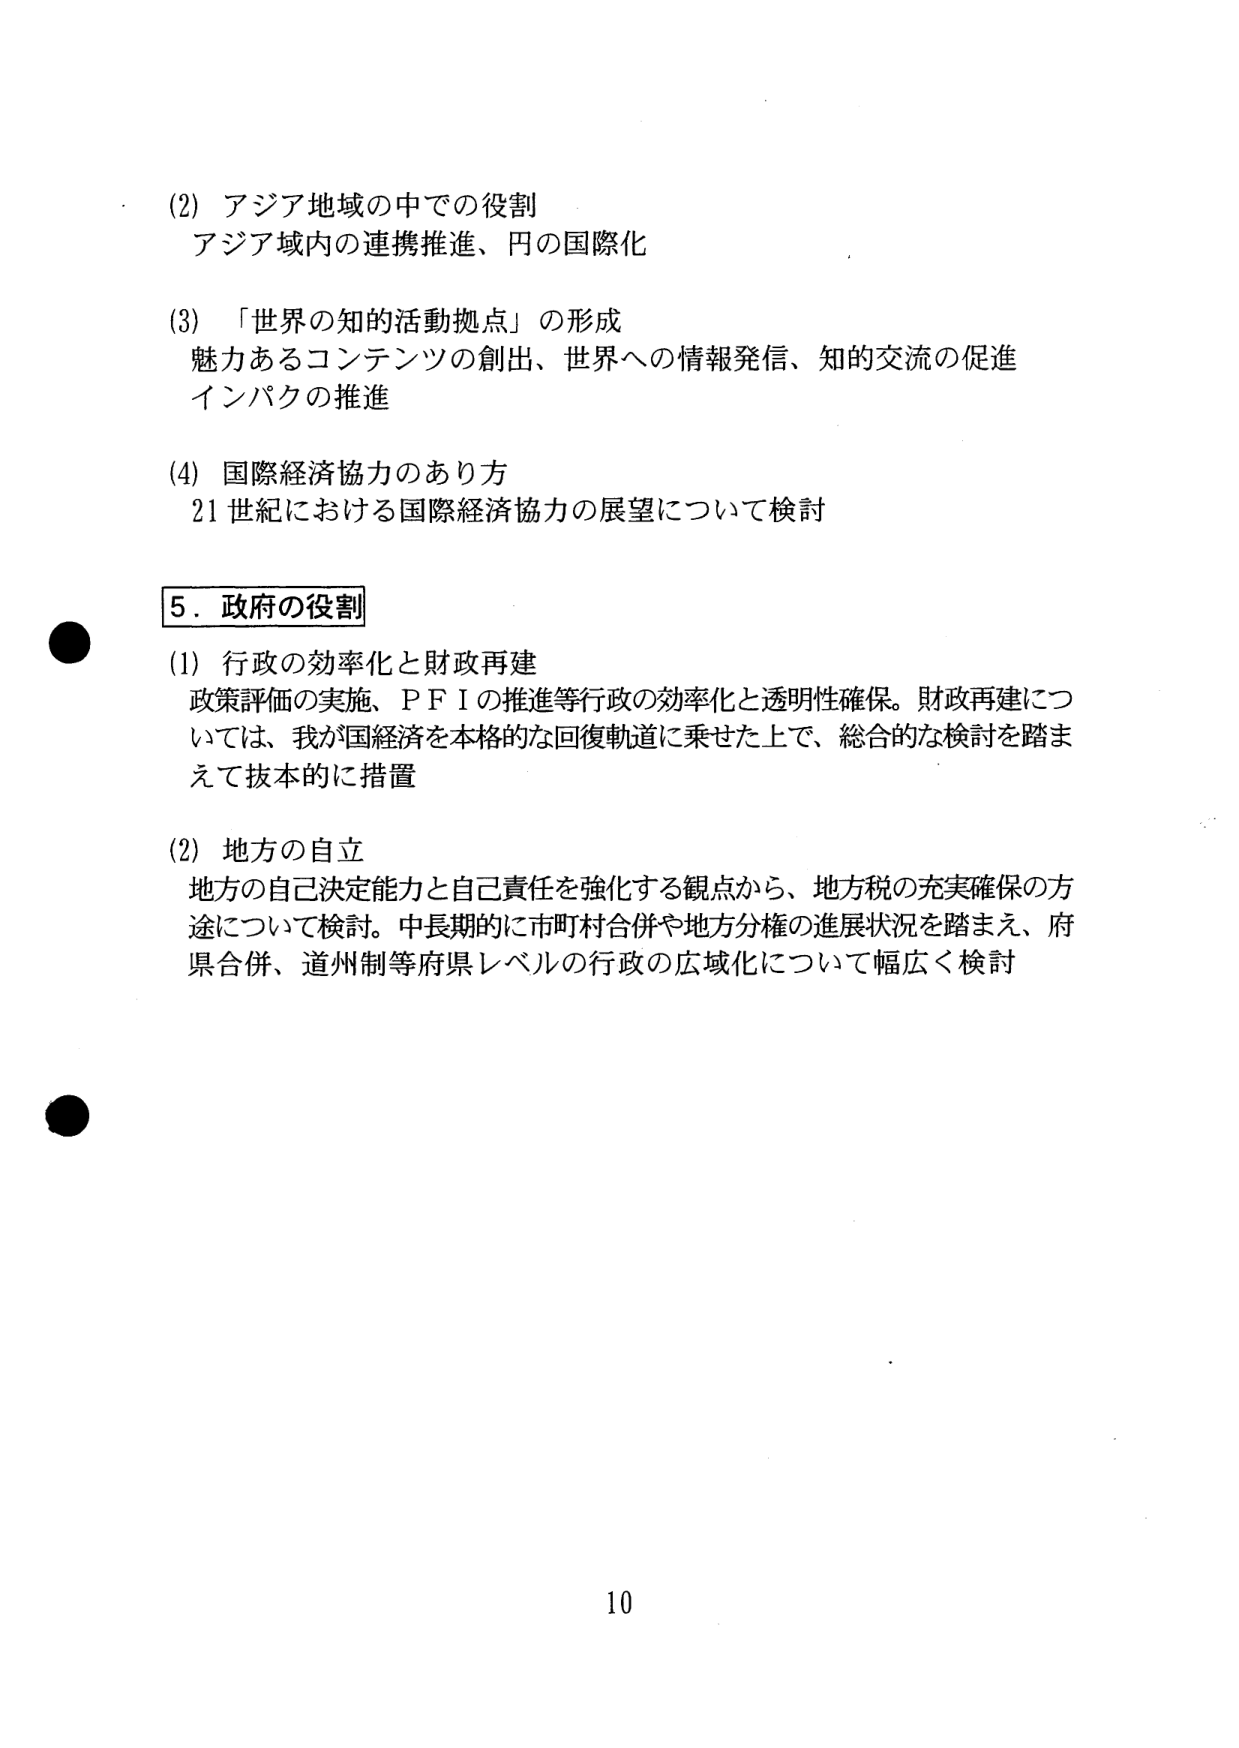
(2) アジア地域の中での役割
アジア域内の連携推進、円の国際化

(3) 「世界の知的活動拠点」の形成
魅力あるコンテンツの創出、世界への情報発信、知的交流の促進
インパクの推進

(4) 国際経済協力のあり方
21世紀における国際経済協力の展望について検討

5．政府の役割

(1) 行政の効率化と財政再建
政策評価の実施、ＰＦＩの推進等行政の効率化と透明性確保。財政再建については、我が国経済を本格的な回復軌道に乗せた上で、総合的な検討を踏まえて抜本的に措置

(2) 地方の自立
地方の自己決定能力と自己責任を強化する観点から、地方税の充実確保の方法について検討。中長期的に市町村合併や地方分権の進展状況を踏まえ、府県合併、道州制等府県レベルの行政の広域化について幅広く検討

10